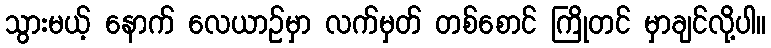
သွားမယ့် နောက် လေယာဉ်မှာ လက်မှတ် တစ်စောင် ကြိုတင် မှာချင်လို့ပါ။